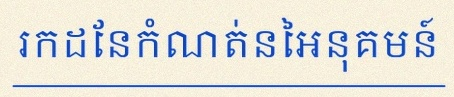
រកដែនកំណត់នៃអនុគមន៍